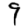
Digit: 9